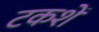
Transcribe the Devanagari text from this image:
टकशें